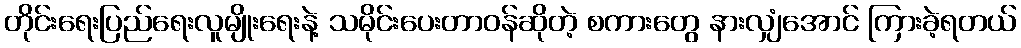
တိုင်းရေးပြည်ရေးလူမျိုးရေးနဲ့ သမိုင်းပေးတာဝန်ဆိုတဲ့ စကားတွေ နားလျှံအောင် ကြားခဲ့ရတယ်